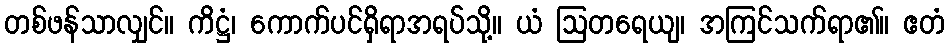
တစ်ဖန်သာလျှင်။ ကိဋ္ဌံ၊ ကောက်ပင်ရှိရာအရပ်သို့။ ယံ ဩတရေယျ၊ အကြင်သက်ရာ၏။ ဧတံ